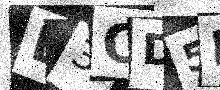
Text: L3OD5P